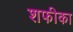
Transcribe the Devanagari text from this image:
शफीका